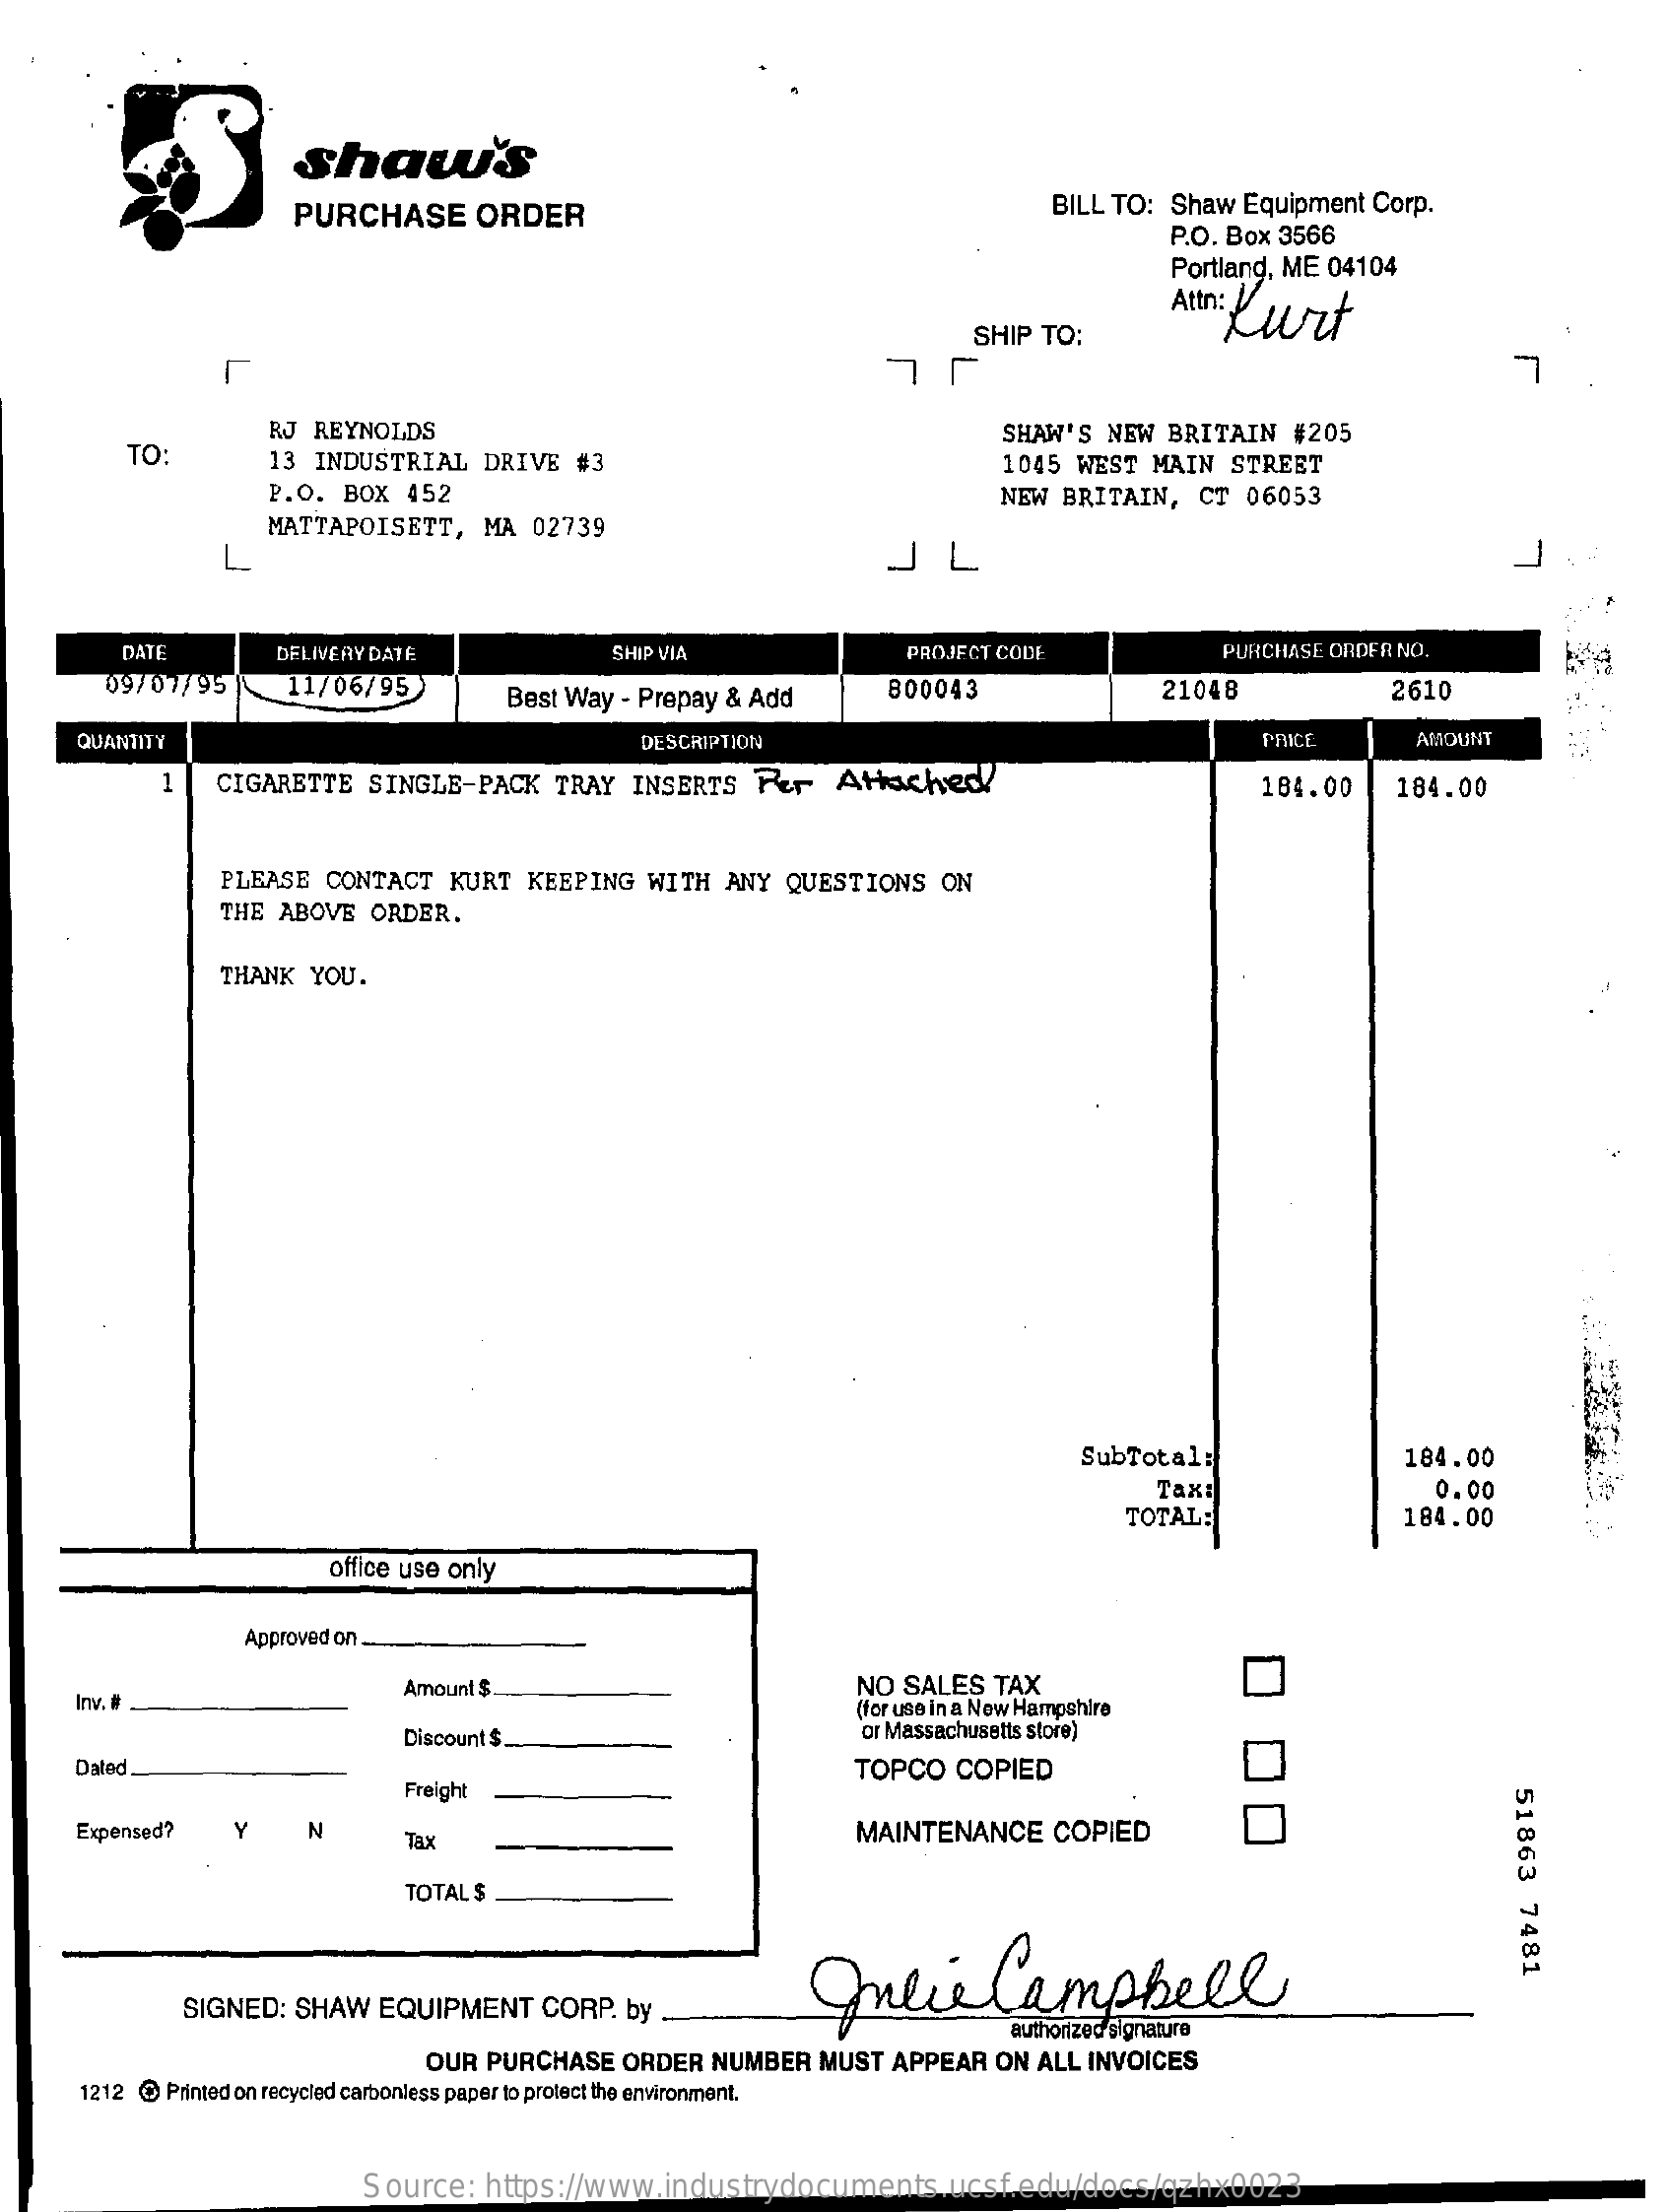
shaw's
     PURCHASE    ORDER    BILL TO:   Shaw  Equipment   Corp.
     P.O. Box  3566
     Portland, ME  04104
     Attn: Kurt
     SHIP  TO:
     L
     TO:
     RJ  REYNOLDS    SHAW'S   NEW  BRITAIN    #205
     13  INDUSTRIAL    DRIVE    #3    1045   WEST   MAIN   STREET
     P.O.  BOX   452
     MATTAPOISETT,    MA   02739
     NEW   BRITAIN,    CT   06053
     L    JL
     DATE    DELIVERY DATE    SHIP VIA    PROJECT CODE    PURCHASE ORDER  NO.
     09/07/95    11/06/95    Best Way  - Prepay  & Add    800043    21048    2610
     QUANTITY    DESCRIPTION    PRICE    AMOUNT
     1    CIGARETTE    SINGLE-PACK    TRAY   INSERTS    REF    Attached    !!    184.00    184.00
     PLEASE    CONTACT    KURT   KEEPING    WITH   ANY  QUESTIONS    ON
     THE   ABOVE   ORDER.
     THANK    YOU.
     SubTotal:    184.00
     Tax:    0.00
     TOTAL:    184.00
     office use only
     Approved on.
     Amount $    NO  SALES    TAX
     (for use in a New Hampshire
     Discount $    or Massachusetts store)
     Dalec
     Freight
     TOPCO    COPIED
     51863
     7481
     Expensed?    Y    N    Tax    MAINTENANCE    COPIED
     TOTAL $
     Julie    Campbell
     SIGNED:   SHAW    EQUIPMENT    CORP.   by
     OUR PURCHASE    ORDER   NUMBER    MUST   APPEAR    ON  ALL INVOICES
     1212 @ Printed on recycled carbonless paper to protect the environment.
     Source:    https://www.industrydocuments.ucsf.edu/docs/qzhx0023